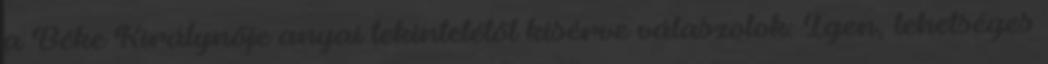
a Béke Királynője anyai tekintetétől kísérve válaszolok: Igen, lehetséges